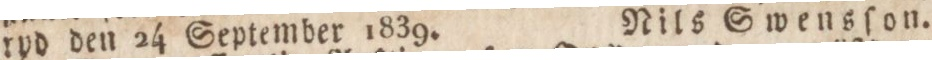
ryd den 24 September 1839.    Nils Swensſon.